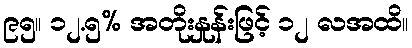
၉၅။ ၁၂.၅% အတိုးနှုန်းဖြင့် ၁၂ လအထိ။